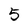
Character: 5